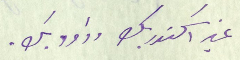
غير اسكندر بك وداود بك.